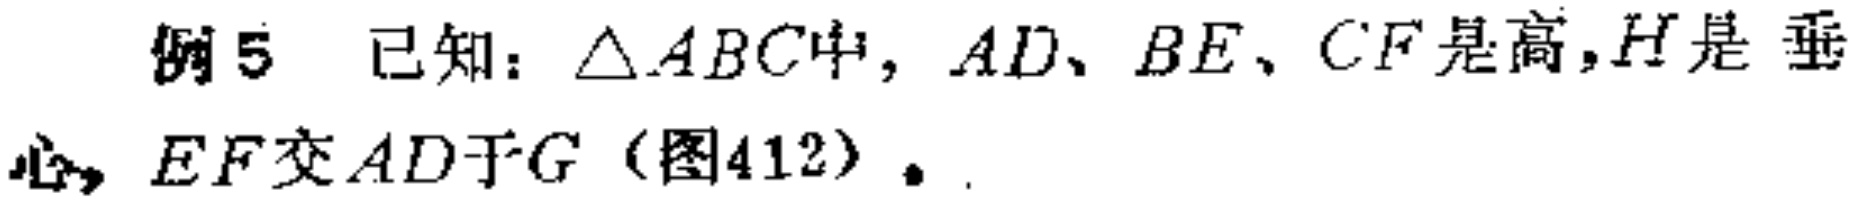
例5 已知：$\triangle ABC$中，$AD、BE、CF$是高，$H$是垂心，$EF$交$AD$于$G$（图412）。